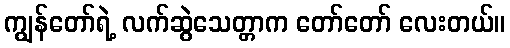
ကျွန်တော်ရဲ့ လက်ဆွဲသေတ္တာက တော်တော် လေးတယ်။